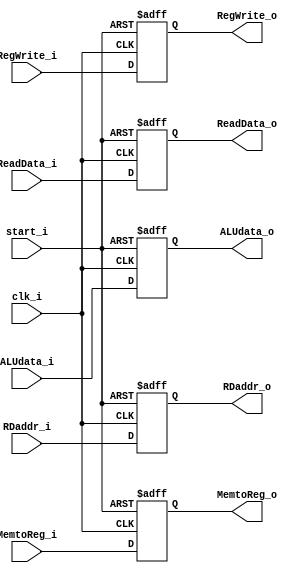
module MEMWB
(
	clk_i,
	start_i,
	RegWrite_i,
	MemtoReg_i,
	ALUdata_i,
	ReadData_i,
	RDaddr_i,
	RegWrite_o,
	MemtoReg_o,
	ALUdata_o,
	ReadData_o,
	RDaddr_o
);

input			clk_i, 
				start_i,
				RegWrite_i, 
				MemtoReg_i;
input [31:0]	ReadData_i, 
				ALUdata_i;
input [4:0]		RDaddr_i;
output 			RegWrite_o, 
				MemtoReg_o;
output [31:0]	ReadData_o, 
				ALUdata_o;
output [4:0]	RDaddr_o;

reg				RegWrite_o, 
				MemtoReg_o;
reg [31:0]		ReadData_o, 
				ALUdata_o;
reg [4:0]		RDaddr_o;

always @ ( posedge clk_i or negedge start_i) begin
	if (~start_i) begin
		RegWrite_o <= 0;
		MemtoReg_o <= 0;
		ReadData_o <= 0;
		ALUdata_o <= 0;
		RDaddr_o <= 0;
  	end
	else begin
		RegWrite_o <= RegWrite_i;
		MemtoReg_o <= MemtoReg_i;
		ReadData_o <= ReadData_i;
		ALUdata_o <= ALUdata_i;
		RDaddr_o <= RDaddr_i;
  	end
end
endmodule